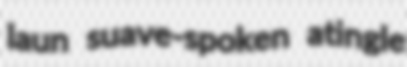
laun suave-spoken atingle